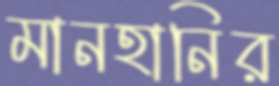
মানহানির